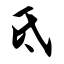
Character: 氐